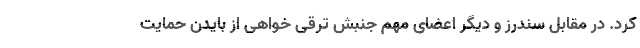
کرد. در مقابل سندرز و دیگر اعضای مهم جنبش ترقی خواهی از بایدن حمایت